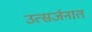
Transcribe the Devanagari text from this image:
उत्सर्जनात